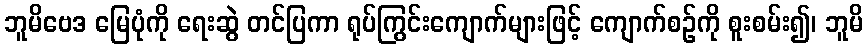
ဘူမိဗေဒ မြေပုံကို ရေးဆွဲ တင်ပြကာ ရုပ်ကြွင်းကျောက်များဖြင့် ကျောက်စဉ်ကို စူးစမ်း၍၊ ဘူမိ